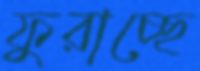
ফুরাচ্ছে